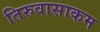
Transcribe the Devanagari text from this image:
तिरुवासाकम